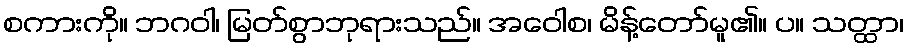
စကားကို။ ဘဂဝါ၊ မြတ်စွာဘုရားသည်။ အဝေါစ၊ မိန့်တော်မူ၏။ ပ။ သတ္ထာ၊